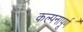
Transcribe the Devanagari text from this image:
कल्‍पनापूर्ण